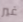
غير